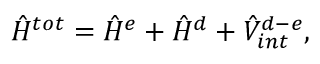
\hat { H } ^ { t o t } = \hat { H } ^ { e } + \hat { H } ^ { d } + \hat { V } _ { i n t } ^ { d - e } ,